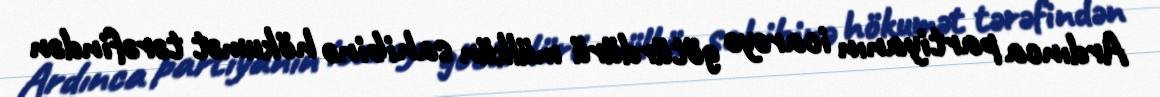
Ardınca partiyanın icarəyə götürdürü mülkün sahibinə hökumət tərəfindən